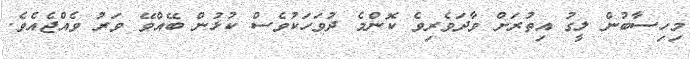
މިހިސާބުން ލީގު އިތުރަށް ވާދަވެރިވެ ކޮންމެ ދުވަހަކުވެސް ކުޅުން ބޭއްވޭ ވަރު ވެއްޖެއެވެ.